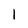
Character: 1